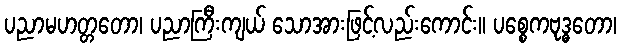
ပညာမဟတ္တတော၊ ပညာကြီးကျယ် သောအားဖြင့်လည်းကောင်း။ ပစ္စေကဗုဒ္ဓတော၊